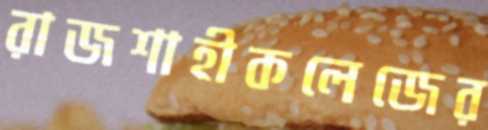
রাজশাহীকলেজের